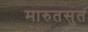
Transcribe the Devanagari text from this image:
मारुतसुत